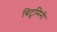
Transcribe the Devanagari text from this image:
बिटुमिनी